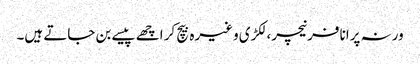
ورنہ پرانا فرنیچر، لکڑی وغیرہ بیچ کر اچھے پیسے بن جاتے ہیں۔